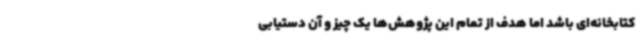
کتابخانه‌ای باشد اما هدف از تمام این پژوهش‌ها یک چیز و آن دستیابی